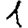
Digit: 1